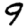
Digit: 9